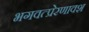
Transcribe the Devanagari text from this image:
भगवत्प्रेरणावश